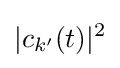
|c_{k'}(t)|^{2}